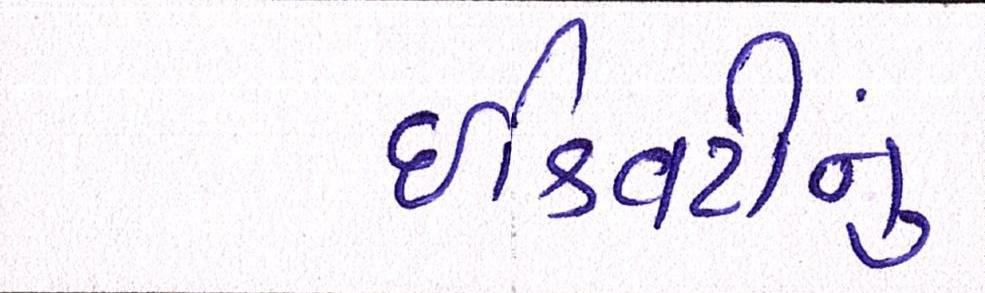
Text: ઈક્વિટીનું